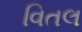
વિતલ